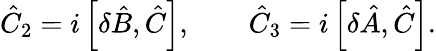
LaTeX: {\hat{C}}_{2}=i\left[\delta{\hat{B}},{\hat{C}}\right],\qquad{\hat{C}}_{3}=i\left[\delta{\hat{A}},{\hat{C}}\right].